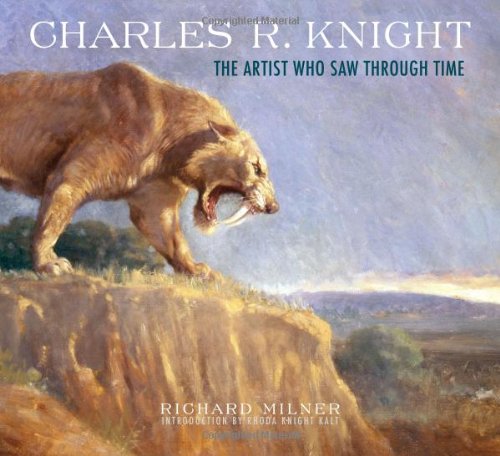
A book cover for Charles R. Knight: The Artist Who Saw Through Time; Richard Milner; Arts & Photography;